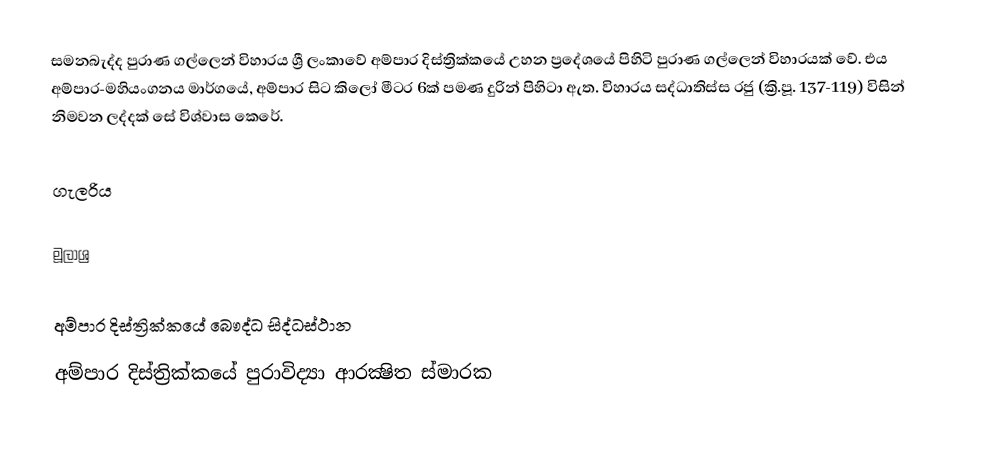
සමනබැද්ද පුරාණ ගල්ලෙන් විහාරය ශ්‍රී ලංකාවේ අම්පාර දිස්ත්‍රික්කයේ උහන ප්‍රදේශයේ පිහිටි පුරාණ ගල්ලෙන් විහාරයක් වේ. එය අම්පාර-මහියංගනය මාර්ගයේ, අම්පාර සිට කිලෝ මීටර 6ක් පමණ දුරින් පිහිටා ඇත. විහාරය සද්ධාතිස්ස රජු (ක්‍රි.පූ. 137-119) විසින් නිමවන ලද්දක් සේ විශ්වාස කෙරේ.

ගැලරිය

මූලාශ්‍ර

අම්පාර දිස්ත්‍රික්කයේ බෞද්ධ සිද්ධස්ථාන‎
අම්පාර දිස්ත්‍රික්කයේ පුරාවිද්‍යා ආරක්‍ෂිත ස්මාරක